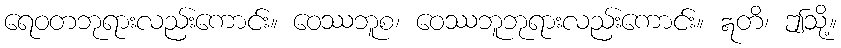
ရေဝတဘုရားလည်းကောင်း။ ဝေဿဘူစ၊ ဝေဿဘူဘုရားလည်းကောင်း။ ဣတိ၊ ဤသို့။